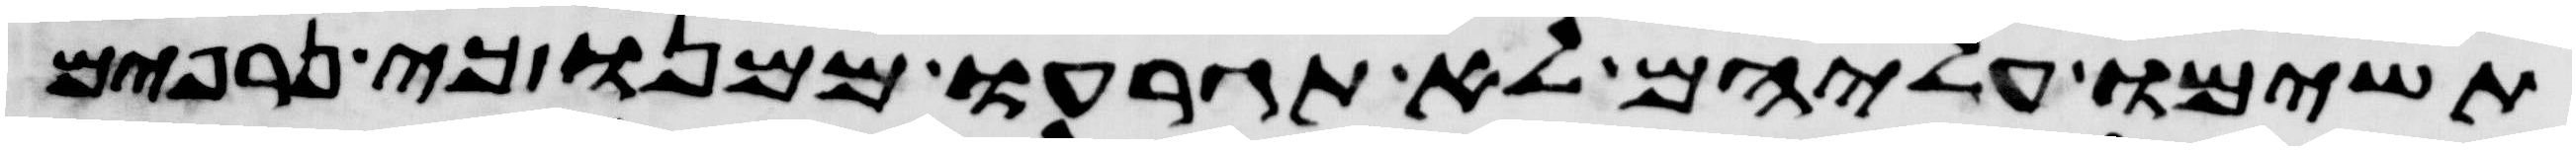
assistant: תשימו עליהם לא תגרעו ממנו כי נרפים